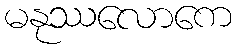
မနုဿလောကေ